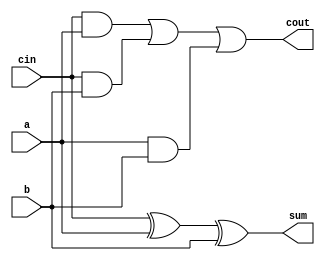
module fa (
  input a, b, cin,
  output cout, sum
);

  // gate level structural
  // wire cin_a, cin_b, a_b, cin_xor_a;

  // alternate dataflow
  // wire c_xor_a;

  // dataflow
  assign cout = (cin & a) | (cin & b) | (a & b);
  assign sum = cin ^ a ^ b;

  // gate level structural
  // and u1 ( cin_a, cin, a );
  // and u2 ( cin_b, cin, b );
  // and u3 ( a_b, a, b );
  // or u4 ( cout, cin_a, cin_b, a_b );

  // xor u5 ( cin_xor_a, cin, a );
  // xor u6 ( sum, cin_xor_a, b );

  // alternate dataflow
  // assign c_xor_a = cin ^ a;
  // assign sum = c_xor_a ^ b;
  // assign cout = (cin & a) | (b & c_xor_a);

endmodule